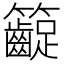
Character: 𥸛